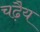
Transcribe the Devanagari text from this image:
चढ़ैय